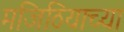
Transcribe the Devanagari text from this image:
मजिठियाच्या